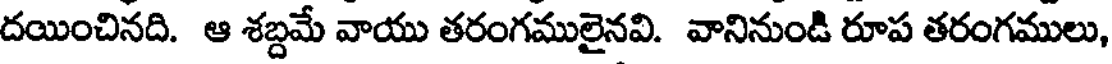
దయించినది. ఆ శబ్దమే వాయు తరంగములైనవి. వానినుండి రూప తరంగములు,